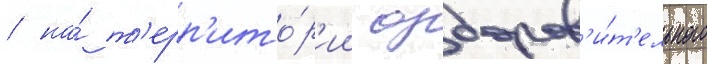
/ на́ т'ерр'ито́р'ии оздоров'и́т'ельного